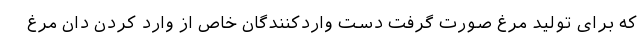
که برای تولید مرغ صورت گرفت دست واردکنندگان خاص از وارد کردن دان مرغ